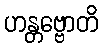
ဟန္တဗ္ဗောတိ